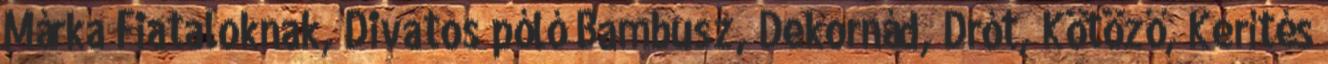
Márka Fiataloknak, Divatos póló Bambusz, Dekornád, Drót, Kötöző, Kerítés